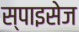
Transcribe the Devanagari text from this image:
स्पाइसेज